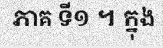
ភាគ ទី១ ។ ក្នុង